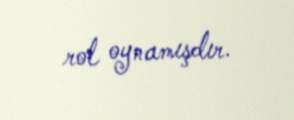
rol oynamışdır.